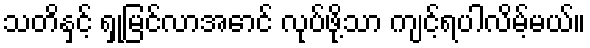
သတိနှင့် ရှုမြင်လာအောင် လုပ်ဖို့သာ ကျင့်ရပါလိမ့်မယ်။